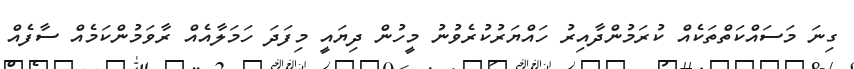
ގިނަ މަސައްކަތްތަކެއް ކުރަމުންދާއިރު ހައްޔަރުކުރެވުނު މީހުން ދިޔައީ މިފަދަ ހަމަލާއެއް ރާވަމުންކަމެއް ސާފެއް